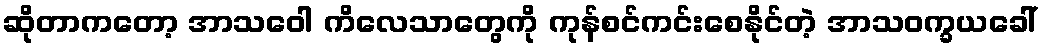
ဆိုတာကတော့ အာသဝေါ ကိလေသာတွေကို ကုန်စင်ကင်းစေနိုင်တဲ့ အာသဝက္ခယခေါ်